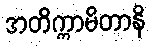
အတိက္ကာမိတာနိ